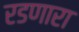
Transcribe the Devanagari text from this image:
रडणारा